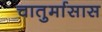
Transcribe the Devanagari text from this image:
चातुर्मासास